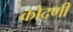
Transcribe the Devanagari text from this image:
कोदणी